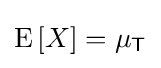
\operatorname {E} \left[X\right]=\mu _{\mathsf {T}}